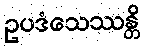
ဥပဒံသေဿန္တိ